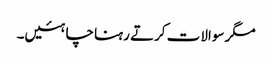
مگر سوالات کرتے رہنا چاہئیں۔